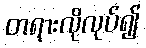
တရားလိုလုပ်၍